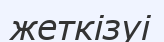
жеткізуі